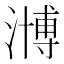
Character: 𣽡